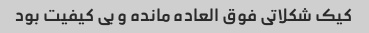
کیک شکلاتی فوق العاده مانده و بی کیفیت بود